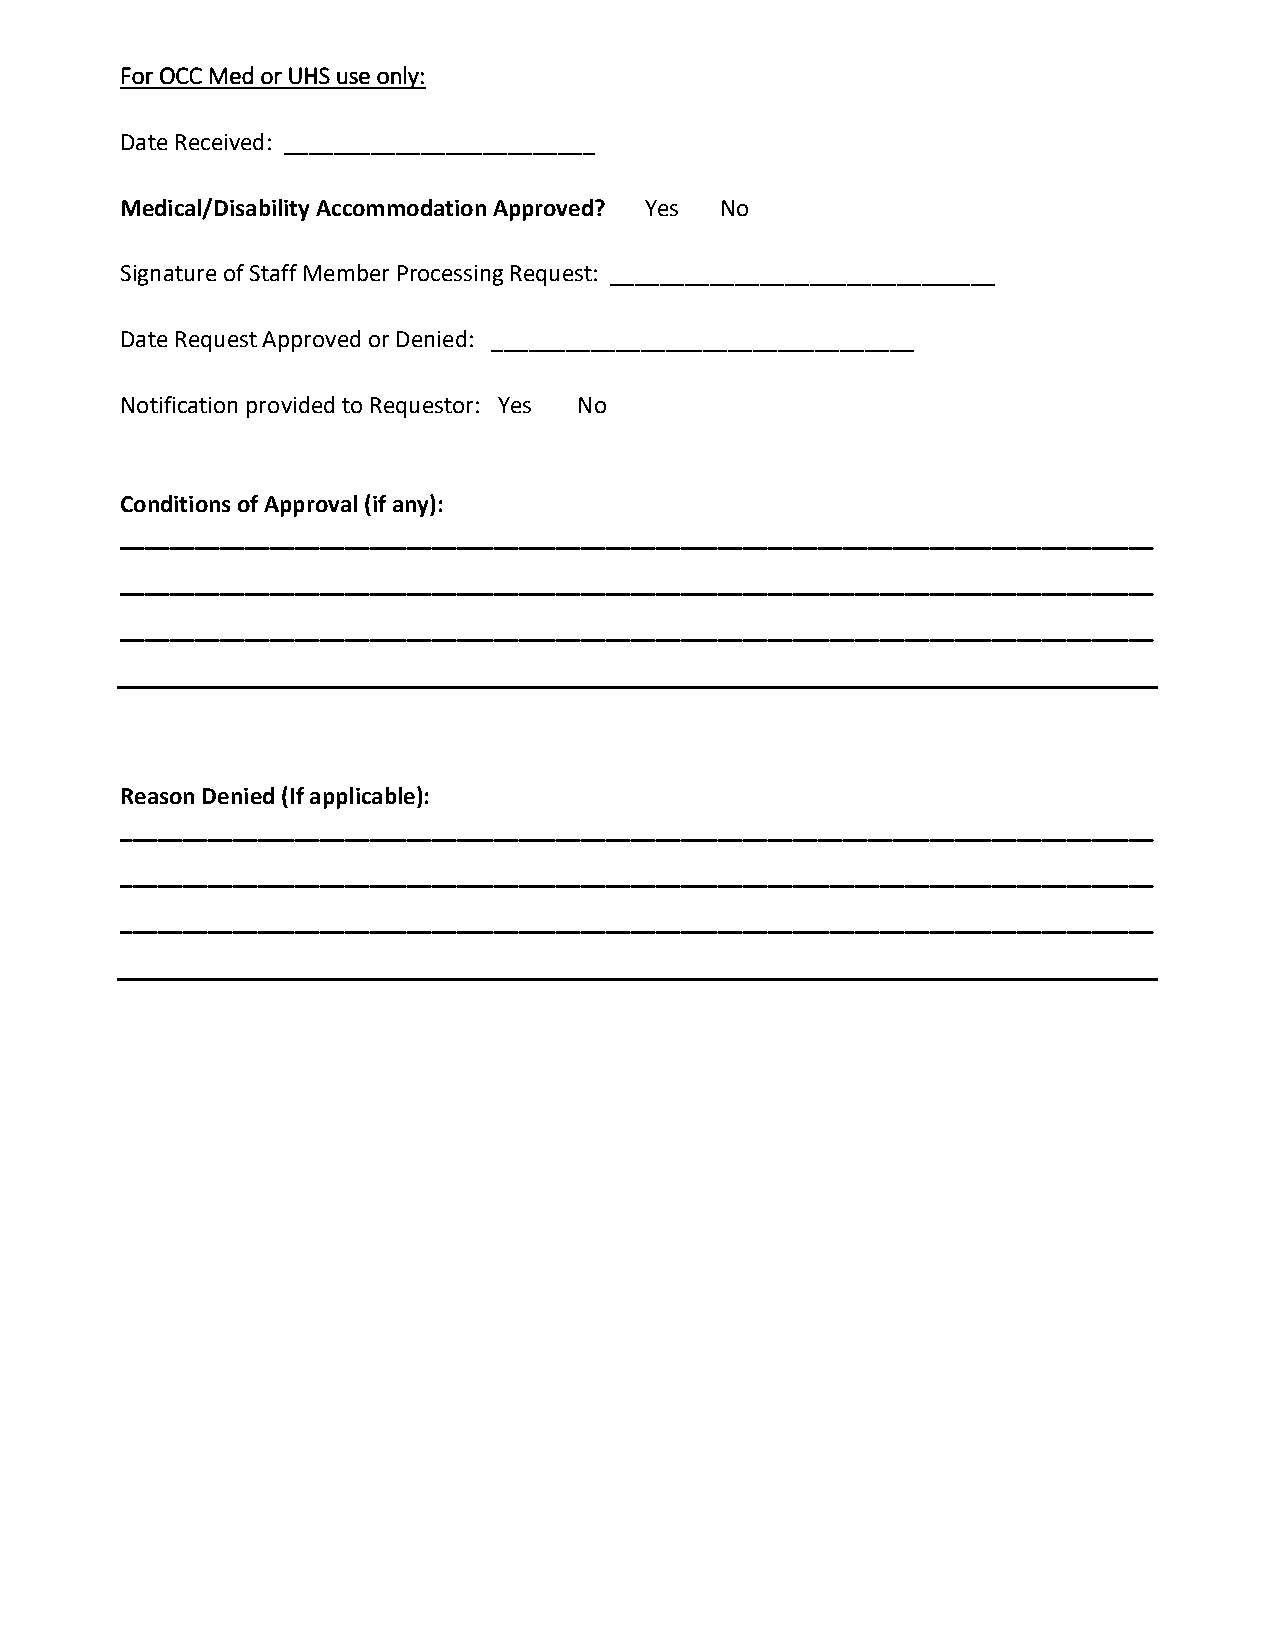
For OCC Med or UHS use only:
 Date Received: _________________________
 Medical/Disability Accommodation Approved? Yes No
 Signature of Staff Member Processing Request: _______________________________
 Date Request Approved or Denied: __________________________________
 Notification provided to Requestor: Yes No
 Conditions of Approval (if any):
 ___________________________________________________________________________________
 ___________________________________________________________________________________
 ___________________________________________________________________________________
 Reason Denied (If applicable):
 ___________________________________________________________________________________
 ___________________________________________________________________________________
 ___________________________________________________________________________________